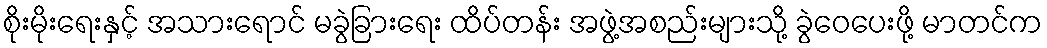
စိုးမိုးရေးနှင့် အသားရောင် မခွဲခြားရေး ထိပ်တန်း အဖွဲ့အစည်းများသို့ ခွဲဝေပေးဖို့ မာတင်က